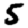
Digit: 5